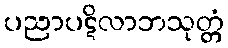
ပညာပဋိလာဘသုတ္တံ